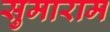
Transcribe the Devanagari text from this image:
सुमाराम